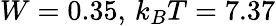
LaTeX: W=0.35,\, k_{B}T=7.37